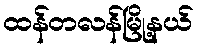
ထန်တလန်မြို့နယ်